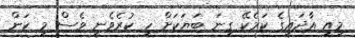
މިއީ އާދައިގެ ކަމެކޭ ގިނަ ބަޔަކަށް ހީ ކުރެވެނީ ވެސް މި ކަން